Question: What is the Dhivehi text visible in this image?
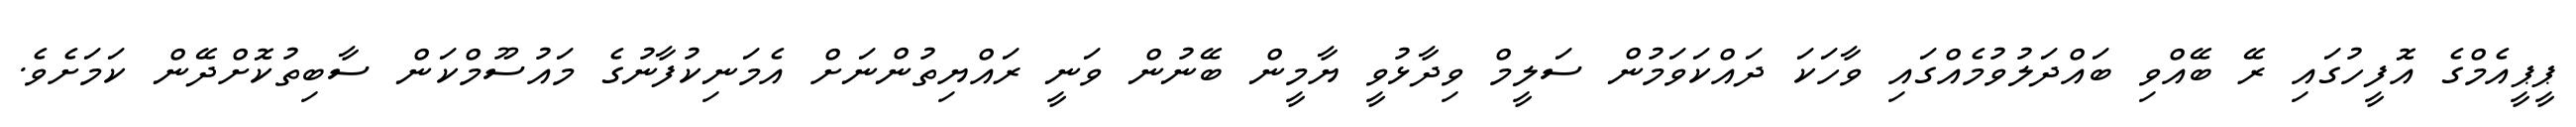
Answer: ޕީޕީއެމްގެ އޮފީހުގައި ރޭ ބޭއްވި ބައްދަލުވުމެއްގައި ވާހަކަ ދައްކަވަމުން ސަލީމް ވިދާޅުވީ ޔާމީން ބޭނުން ވަނީ ރައްޔިތުންނަށް އެމަނިކުފާނުގެ މައުސޫމްކަން ސާބިތުކޮށްދޭން ކަމަށެވެ.